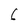
Character: 6